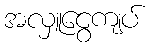
အလှူငွေကျပ်